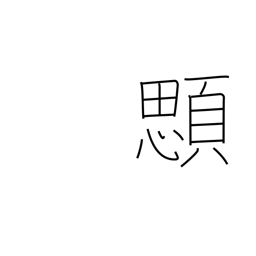
Meaning: gills of a fish